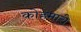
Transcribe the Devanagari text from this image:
कोहमारी